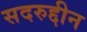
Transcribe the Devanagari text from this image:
सदरुद्दीन